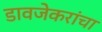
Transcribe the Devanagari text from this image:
डावजेकरांचा